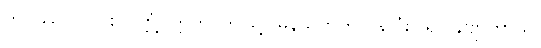
ဘဝိဿတိ၊ ဖြစ်လတ္တံ့။ ဣတိ၊ ဤသို့။ မနသိကတွာ၊ နှလုံးပြု၍။ နဗျာကာသိ၊